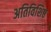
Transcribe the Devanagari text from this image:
अतिविशिष्ठ